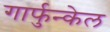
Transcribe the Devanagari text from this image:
गार्फुन्केल